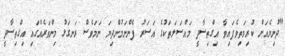
"ދުނިޔެއަށް ކުރިމަތިވެފައިވާ އިގްތިސާދީ މައްސަލަތަކުގެ އަސަރު ފެންނަމުންދިޔަ ނަމަވެސް ރަނގަޅު މިންވަރެއްގައި އިގްތިސާދީ